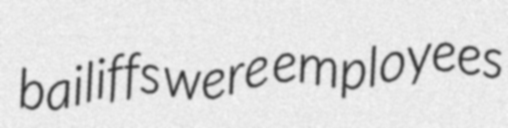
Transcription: bailiffs were employees